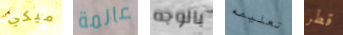
ميكي عالمة بالوجه تعليمه قطر